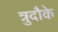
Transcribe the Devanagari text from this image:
त्रुदौके